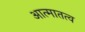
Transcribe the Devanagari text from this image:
आत्मातत्व